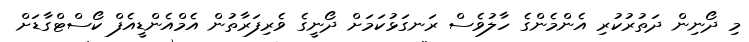
މި ދޯނިން ދަތުރުކުރި އެންމެންގެ ހާލުވެސް ރަނގަޅުކަމަށް ދޯނީގެ ވެރިފަރާތުން އެމްއެންޑީއެފް ކޯސްޓްގާޑަށް